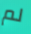
لم